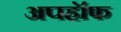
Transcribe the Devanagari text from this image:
अपहॉफ